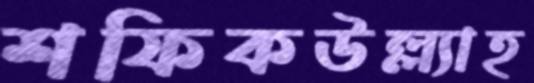
শফিকউল্ল্যাহ